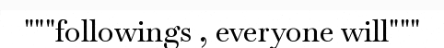
"""followings , everyone will"""